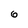
Character: 6